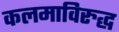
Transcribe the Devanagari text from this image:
कलमाविरुद्ध